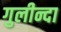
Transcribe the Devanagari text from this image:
गुलीन्दा